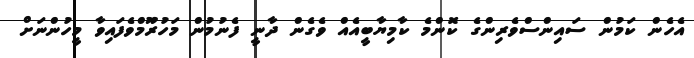
އެހެން ކަމުން ސައިންސްވެރިންގެ ކޮންމެ ކާމިޔާބީއެއް ވެގެން ދާނީ ފެނުމުން މަހުރޫމްވެފައިވާ މީހުންނަށް